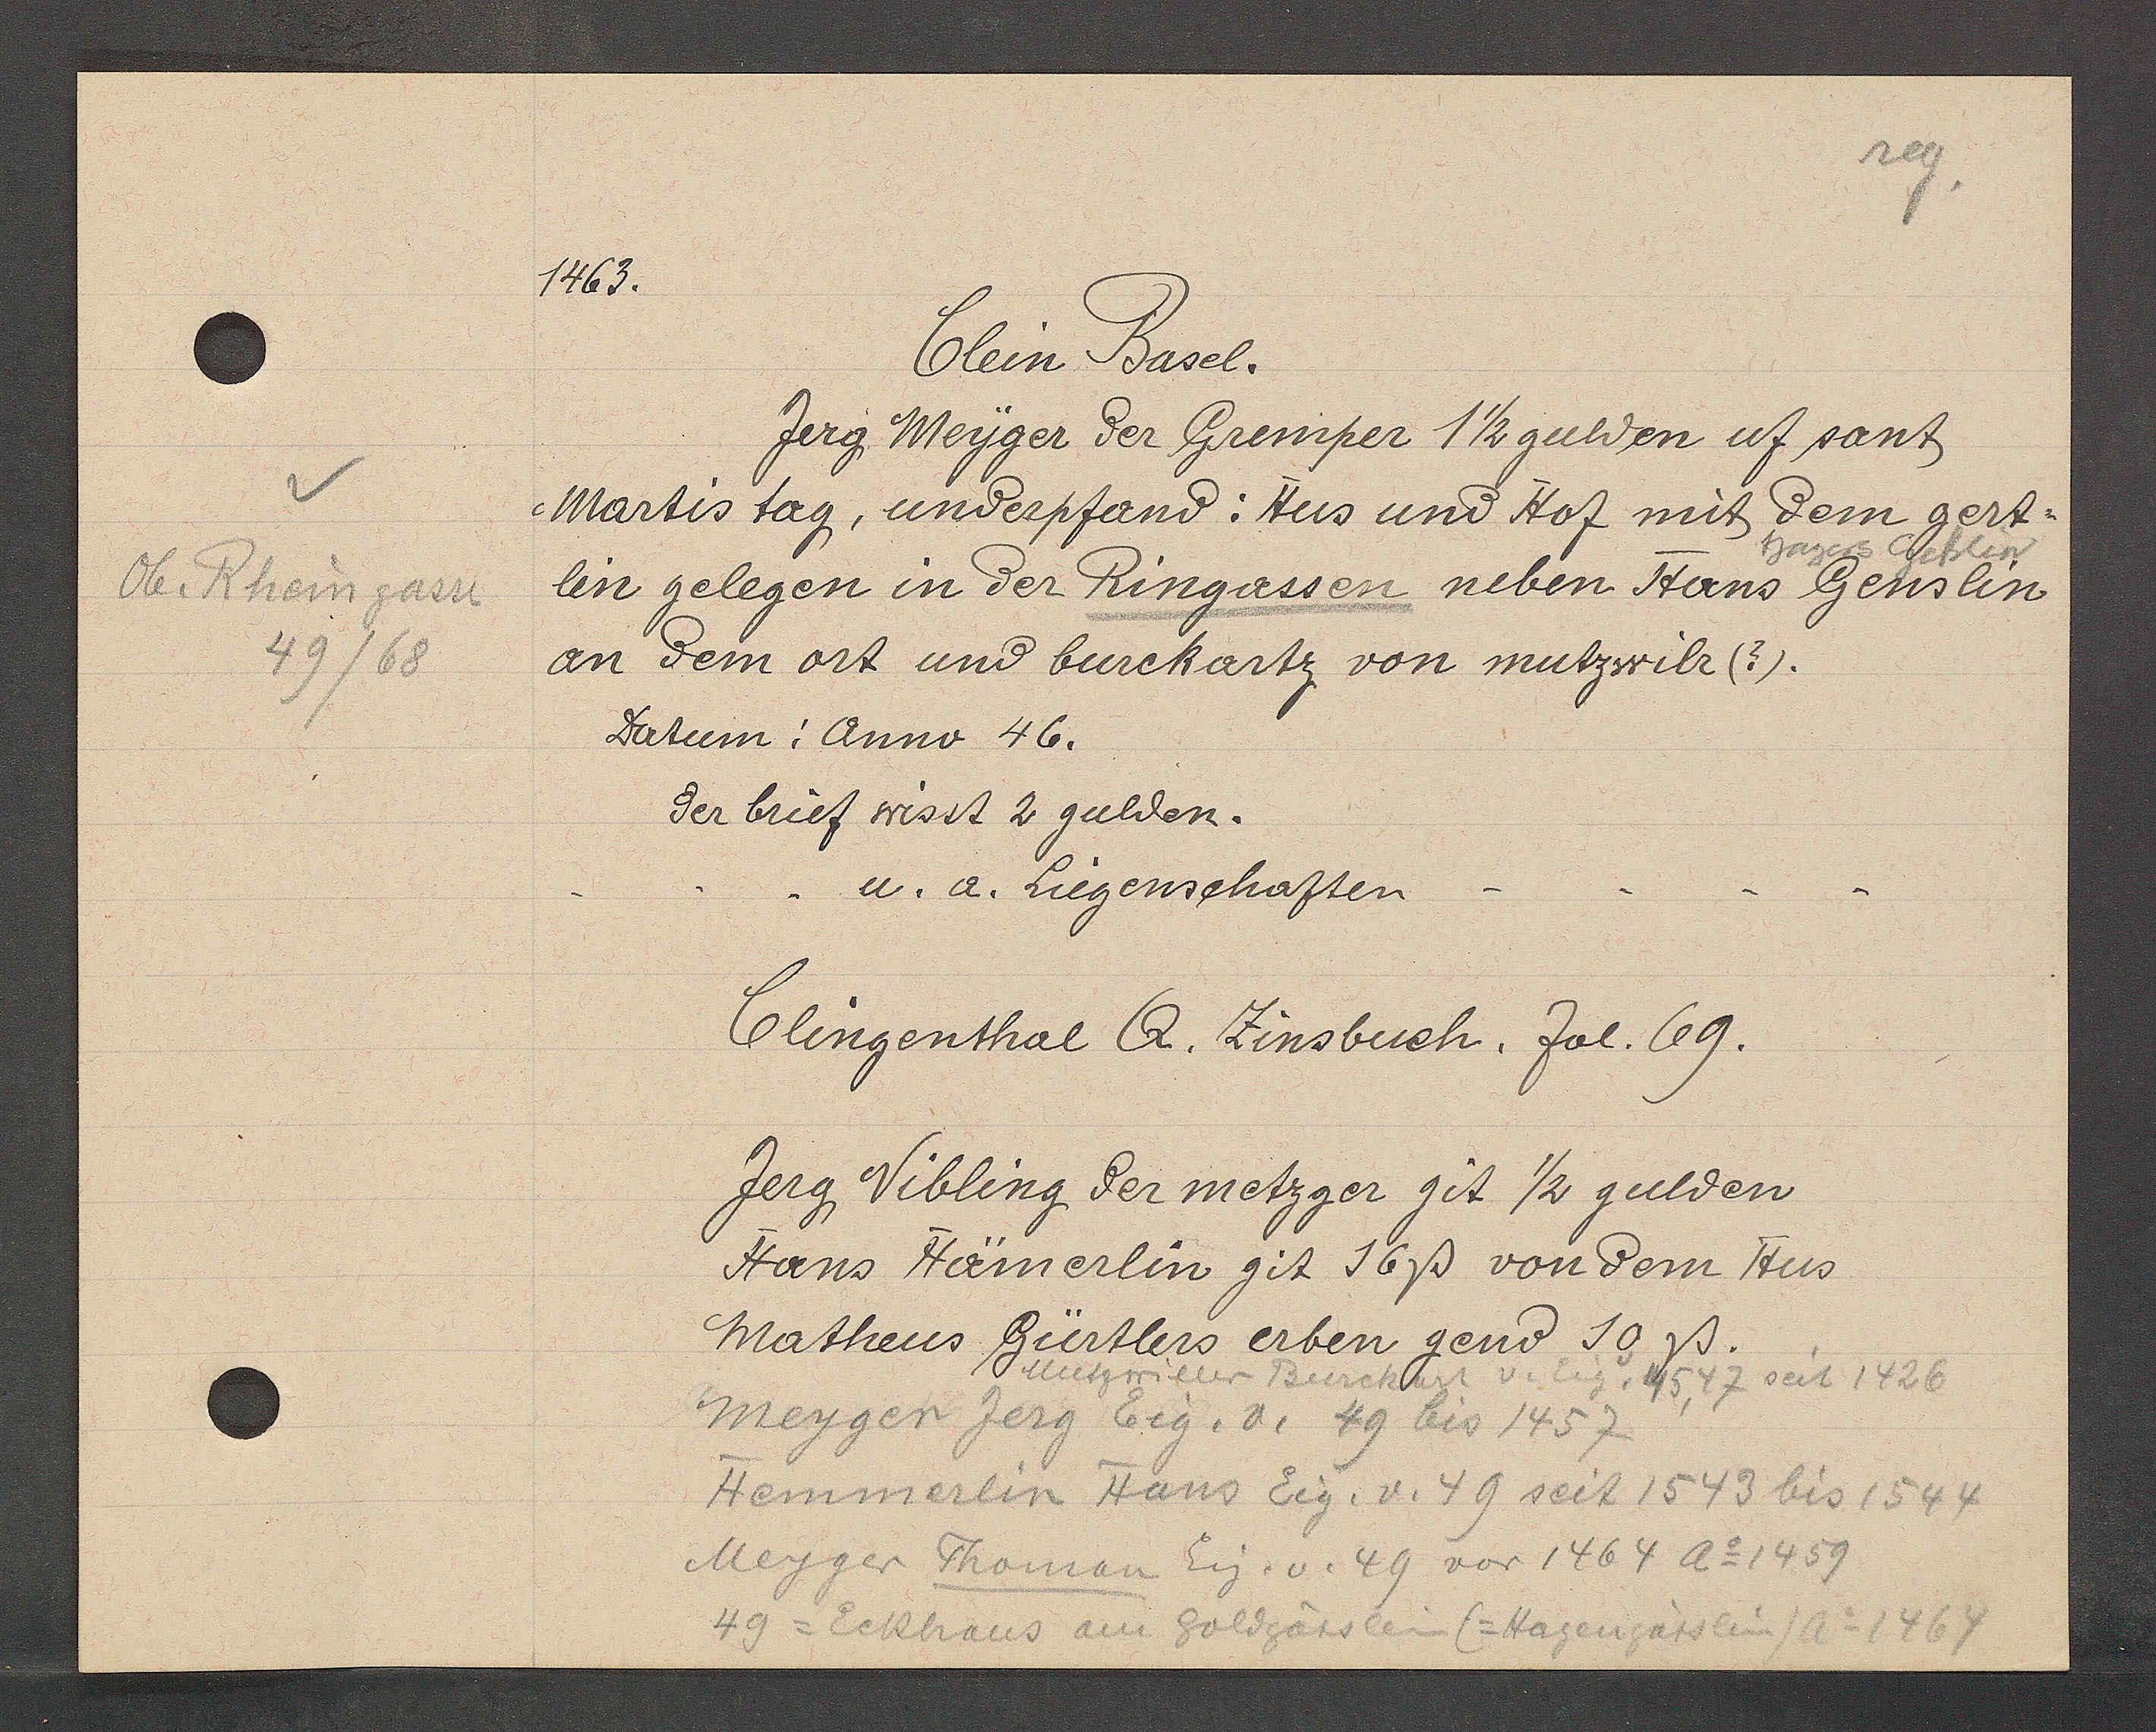
Transcript:
Ob Rheingasse
49/68

1463.

Clein Basel.
Jerg Weyger der Gremper 1 1/2 gulden uf sant
Martistag, underpfand: Hus und Hof mit dem gert¬
hagers Gesslin
lin gelegen in der Ringassen neben Hans Genslin
an dem ort und burckartz von mutzwilr (?).
Datum: Anno 46.
der brief wisst 2 gulden.
u. a. Liegenschaften

Clingenthal Q. Zinsbuch, fol. 69.

Jerg Vibling der metzger sit ½ gulden
Hans Hämerlin git 16ß von dem Hus
Matheus Gürtlers erben gend 30ß.
Muetzwiller Burckart v. Eig. 45, 47 seit 1426
Meyger Jerg Eig. v. 49 bis 1457
Hemmerlin Hans Eig. v. 49 seit 1543 bis 1544
Meyger Thoman Eig. v. 49 vor 1464 Ao 1459
49 = Eckhaus am Goldgässlein (=Hagengässlin) Ao 1467